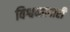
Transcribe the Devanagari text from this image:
विश्वव्यापारी